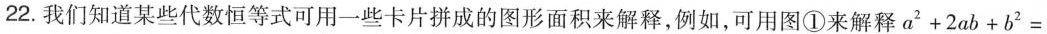
22.我们知道某些代数恒等式可用一些卡片拼成的图形面积来解释，例如，可用图①来解释$$a ^ { 2 } + 2 a b + b ^ { 2 } =